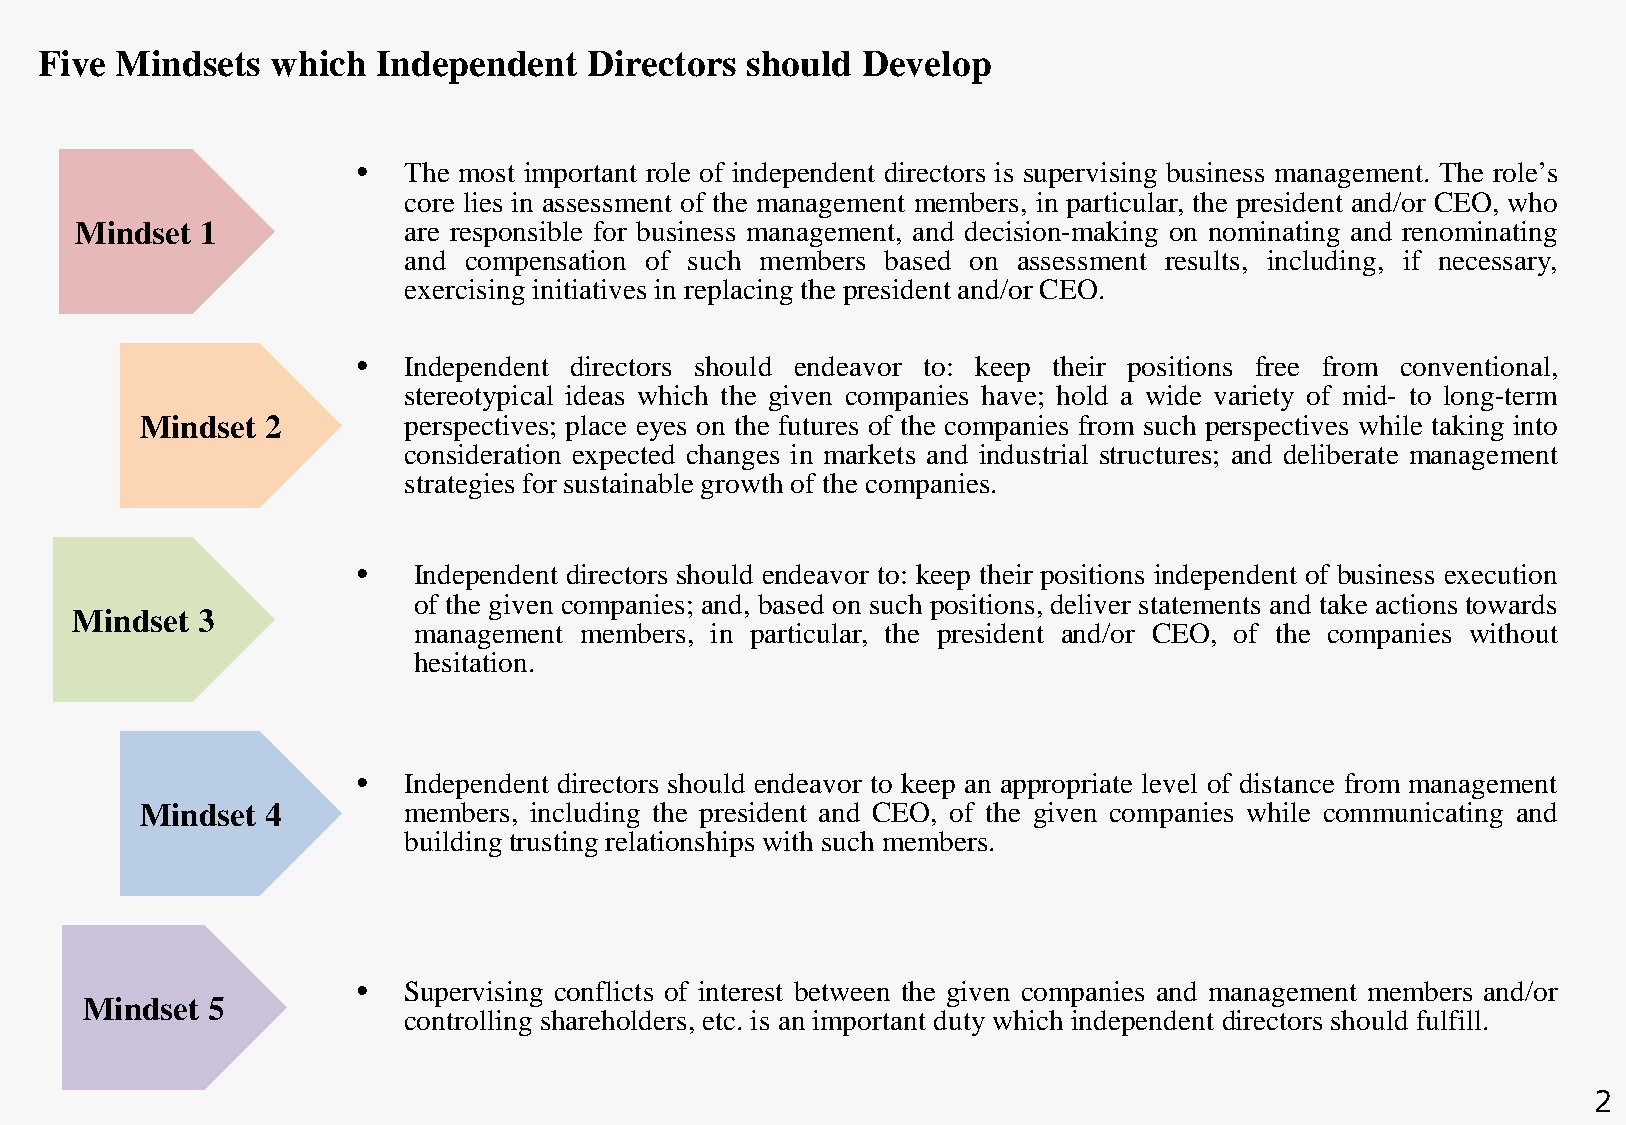
Five Mindsets  which  Independent   Directors should  Develop
 •  The most important role of independent directors is supervising business management. The role’s
 core lies in assessment of the management members, in particular, the president and/or CEO, who
 Mindset 1             are responsible for business management, and decision-making on nominating and renominating
 and compensation of such members based on assessment results, including, if necessary,
 exercising initiatives in replacing the president and/or CEO.
 •  Independent directors should endeavor to: keep their positions free from conventional,
 stereotypical ideas which the given companies have; hold a wide variety of mid- to long-term
 Mindset  2        perspectives; place eyes on the futures of the companies from such perspectives while taking into
 consideration expected changes in markets and industrial structures; and deliberate management
 strategies for sustainable growth of the companies.
 •  Independent directors should endeavor to: keep their positions independent of business execution
 of the given companies; and, based on such positions, deliver statements and take actions towards
 Mindset 3
 management members, in particular, the president and/or CEO, of the companies without
 hesitation.
 •  Independent directors should endeavor to keep an appropriate level of distance from management
 Mindset  4        members, including the president and CEO, of the given companies while communicating and
 building trusting relationships with such members.
 •  Supervising conflicts of interest between the given companies and management members and/or
 Mindset  5
 controlling shareholders, etc. is an important duty which independent directors should fulfill.
 2